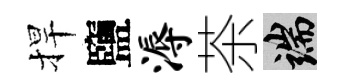
捍鹽溽茶端